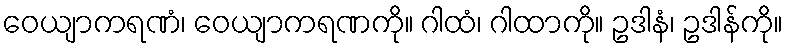
ဝေယျာကရဏံ၊ ဝေယျာကရဏကို။ ဂါထံ၊ ဂါထာကို။ ဥဒါနံ၊ ဥဒါန်ကို။